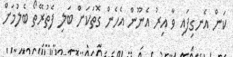
ކަން އެނގިފައި ވާ އިރު އެނޫން އެހެން ގޮތަކަށް ބަލި ފެތުރޭތޯ ބެލުމަށް